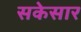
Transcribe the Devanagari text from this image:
सकेसार